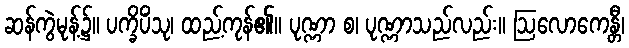
ဆန်ကွဲမုန့်၌။ ပက္ခိပိံသု၊ ထည့်ကုန်၏။ ပုဏ္ဏာ စ၊ ပုဏ္ဏာသည်လည်း။ ဩလောကေန္တီ၊